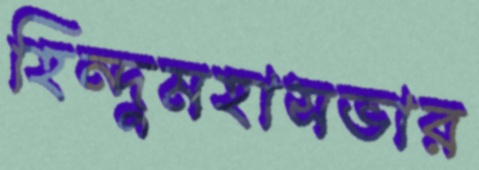
হিন্দুমহাসভার